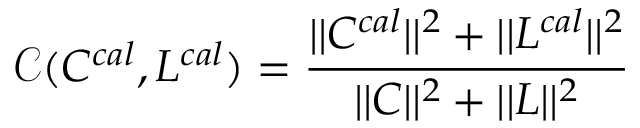
\mathcal { C } ( C ^ { c a l } , L ^ { c a l } ) = \frac { | | C ^ { c a l } | | ^ { 2 } + | | L ^ { c a l } | | ^ { 2 } } { | | C | | ^ { 2 } + | | L | | ^ { 2 } }